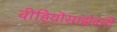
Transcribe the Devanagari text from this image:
वीडियॊसाझेदारी